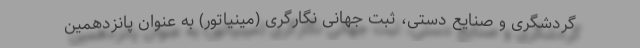
گردشگری و صنایع دستی، ثبت جهانی نگارگری (مینیاتور) به عنوان پانزدهمین